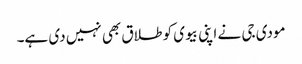
مودی جی نے اپنی بیوی کو طلاق بھی نہیں دی ہے۔